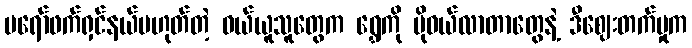
ပရော်ဖက်ရှင်နယ်မဟုတ်တဲ့ ဝယ်ယူသူတွေက ရွှေကို ပိုဝယ်လာတာတွေနဲ့ ဒီဈေးတက်မှုက